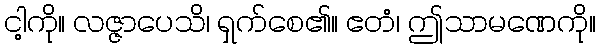
ငါ့ကို။ လဇ္ဇာပေသိ၊ ရှက်စေ၏။ ဧတံ၊ ဤသာမဏေကို။